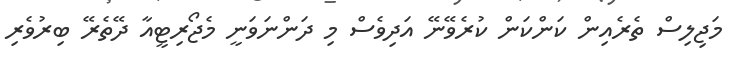
މަޖިލިސް ތެރެއިން ކަންކަން ކުރެވޭނޭ އަދިވެސް މި ދަންނަވަނީ މެޖޯރިޓީއާ ދޭތެރޭ ބިރުވެރި